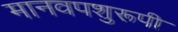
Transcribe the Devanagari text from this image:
मानवपशुरूपी